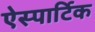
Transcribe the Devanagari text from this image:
ऐस्पार्टिक